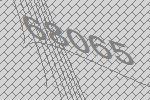
68065